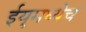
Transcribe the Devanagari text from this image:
ईयूमध्येच